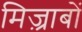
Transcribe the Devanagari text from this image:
मिज़्राबों